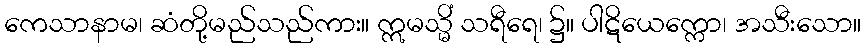
ကေသာနာမ၊ ဆံတို့မည်သည်ကား။ ဣမသ္မိံ သရီရေ၊ ၌။ ပါဋိယေက္ကော၊ အသီးသော။